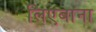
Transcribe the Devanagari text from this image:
लिएबाना